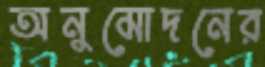
অনুমোদনের